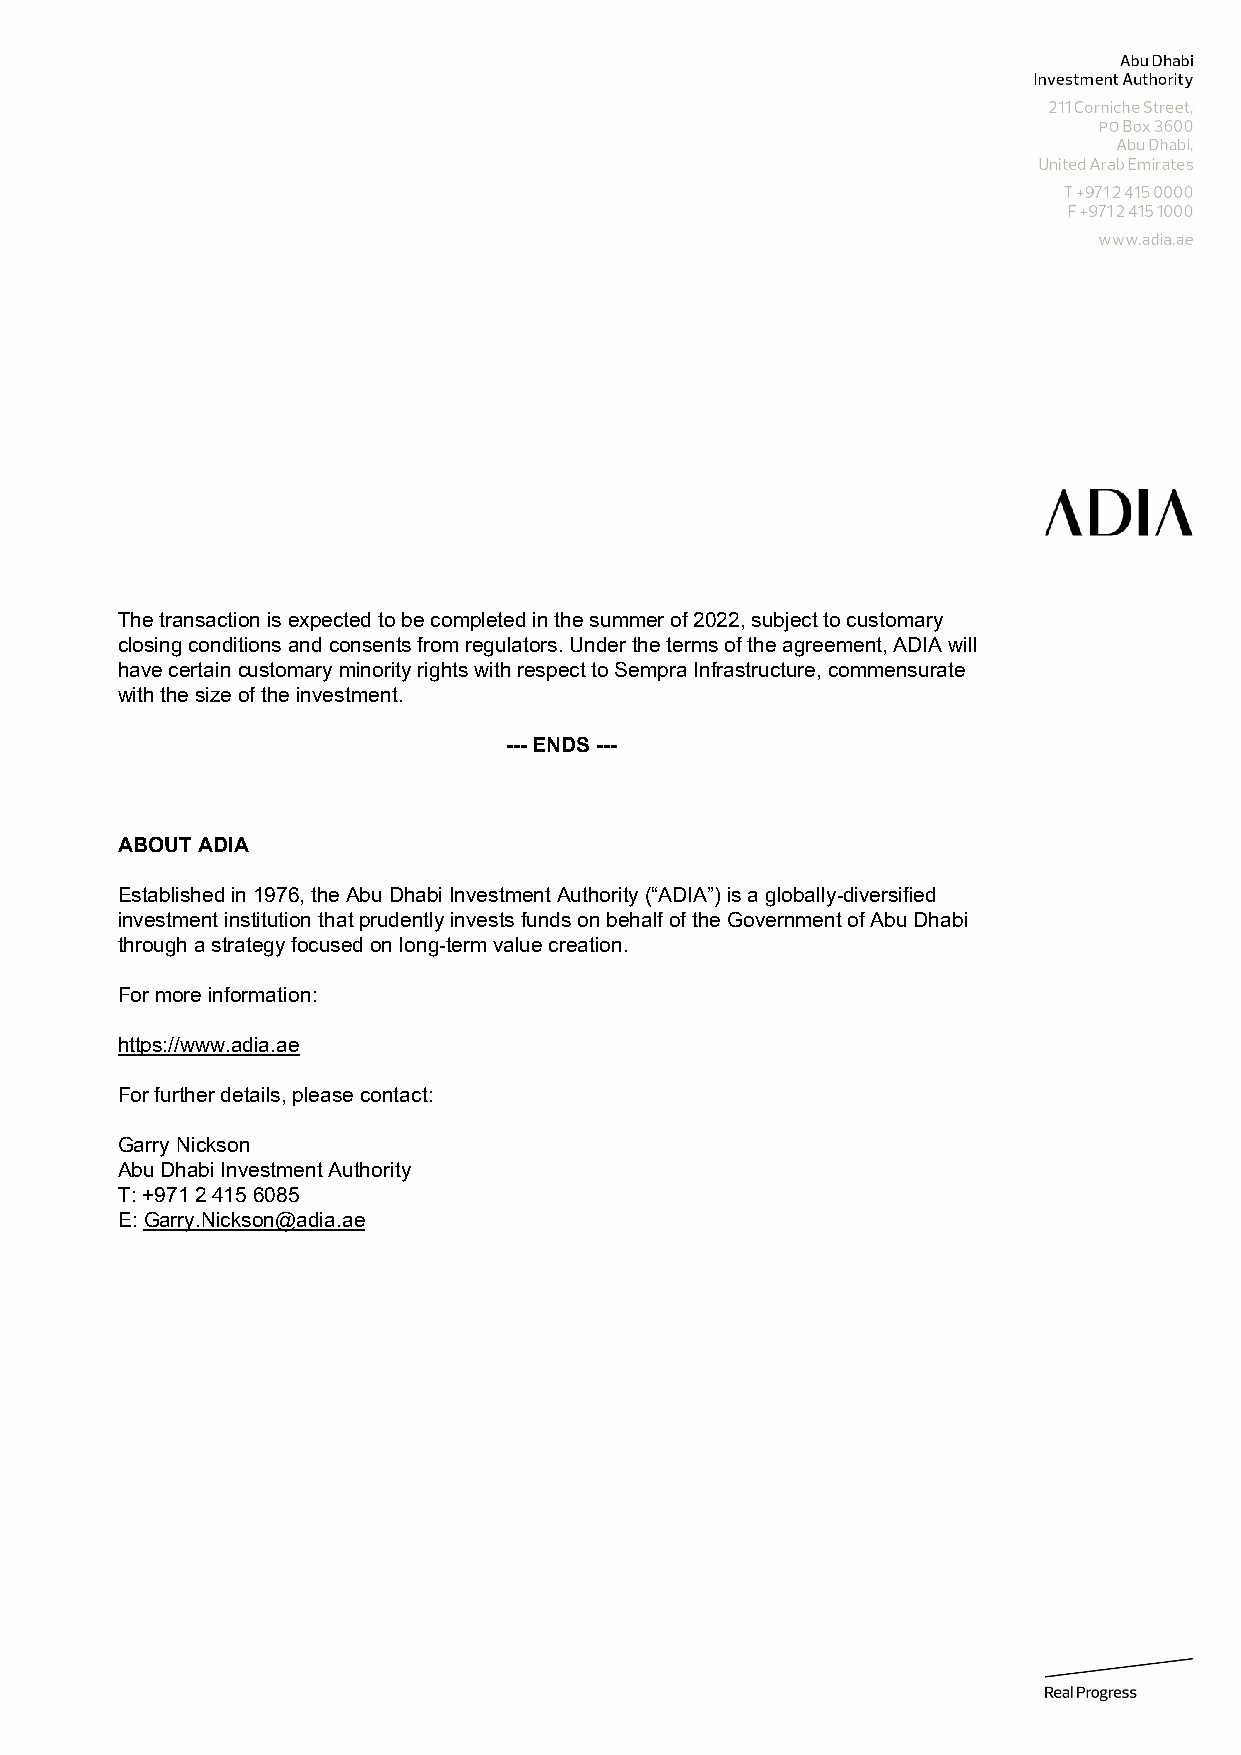
The transaction is expected to be completed in the summer of 2022, subject to customary
 closing conditions and consents from regulators. Under the terms of the agreement, ADIA will
 have certain customary minority rights with respect to Sempra Infrastructure, commensurate
 with the size of the investment.
 --- ENDS ---
 ABOUT ADIA
 Established in 1976, the Abu Dhabi Investment Authority (“ADIA”) is a globally-diversified
 investment institution that prudently invests funds on behalf of the Government of Abu Dhabi
 through a strategy focused on long-term value creation.
 For more information:
 https://www.adia.ae
 For further details, please contact:
 Garry Nickson
 Abu Dhabi Investment Authority
 T: +971 2 415 6085
 E: Garry.Nickson@adia.ae